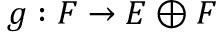
g : F \to E \oplus F